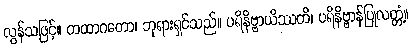
လွန်သဖြင့်။ တထာဂတော၊ ဘုရားရှင်သည်။ ပရိနိဗ္ဗာယိဿတိ၊ ပရိနိဗ္ဗာန်ပြုလတ္တံ့။